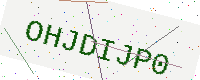
Text: OHJDIJP0